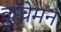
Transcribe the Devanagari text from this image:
कुचेमन